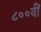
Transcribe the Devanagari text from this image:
८००वीं